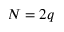
N = 2 q